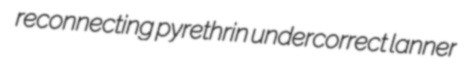
reconnecting pyrethrin undercorrect lanner